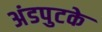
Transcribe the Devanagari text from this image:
अंडपुटके